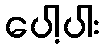
ပေါ့ပါး